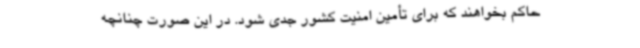
حاکم بخواهند که برای تأمین امنیت کشور جدی شود. در این صورت چنانچه